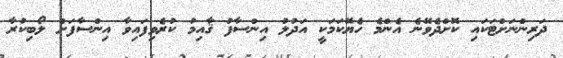
ދަރިންނަށްޓަކައި ކޮށްދެވޭނެ އެންމެ ހެޔޮކަމަކީ އަދުލު އިންސާފު ޤާއިމު ކުރެވިފައިވާ އިންސާފަށް ލޯބިކުރާ